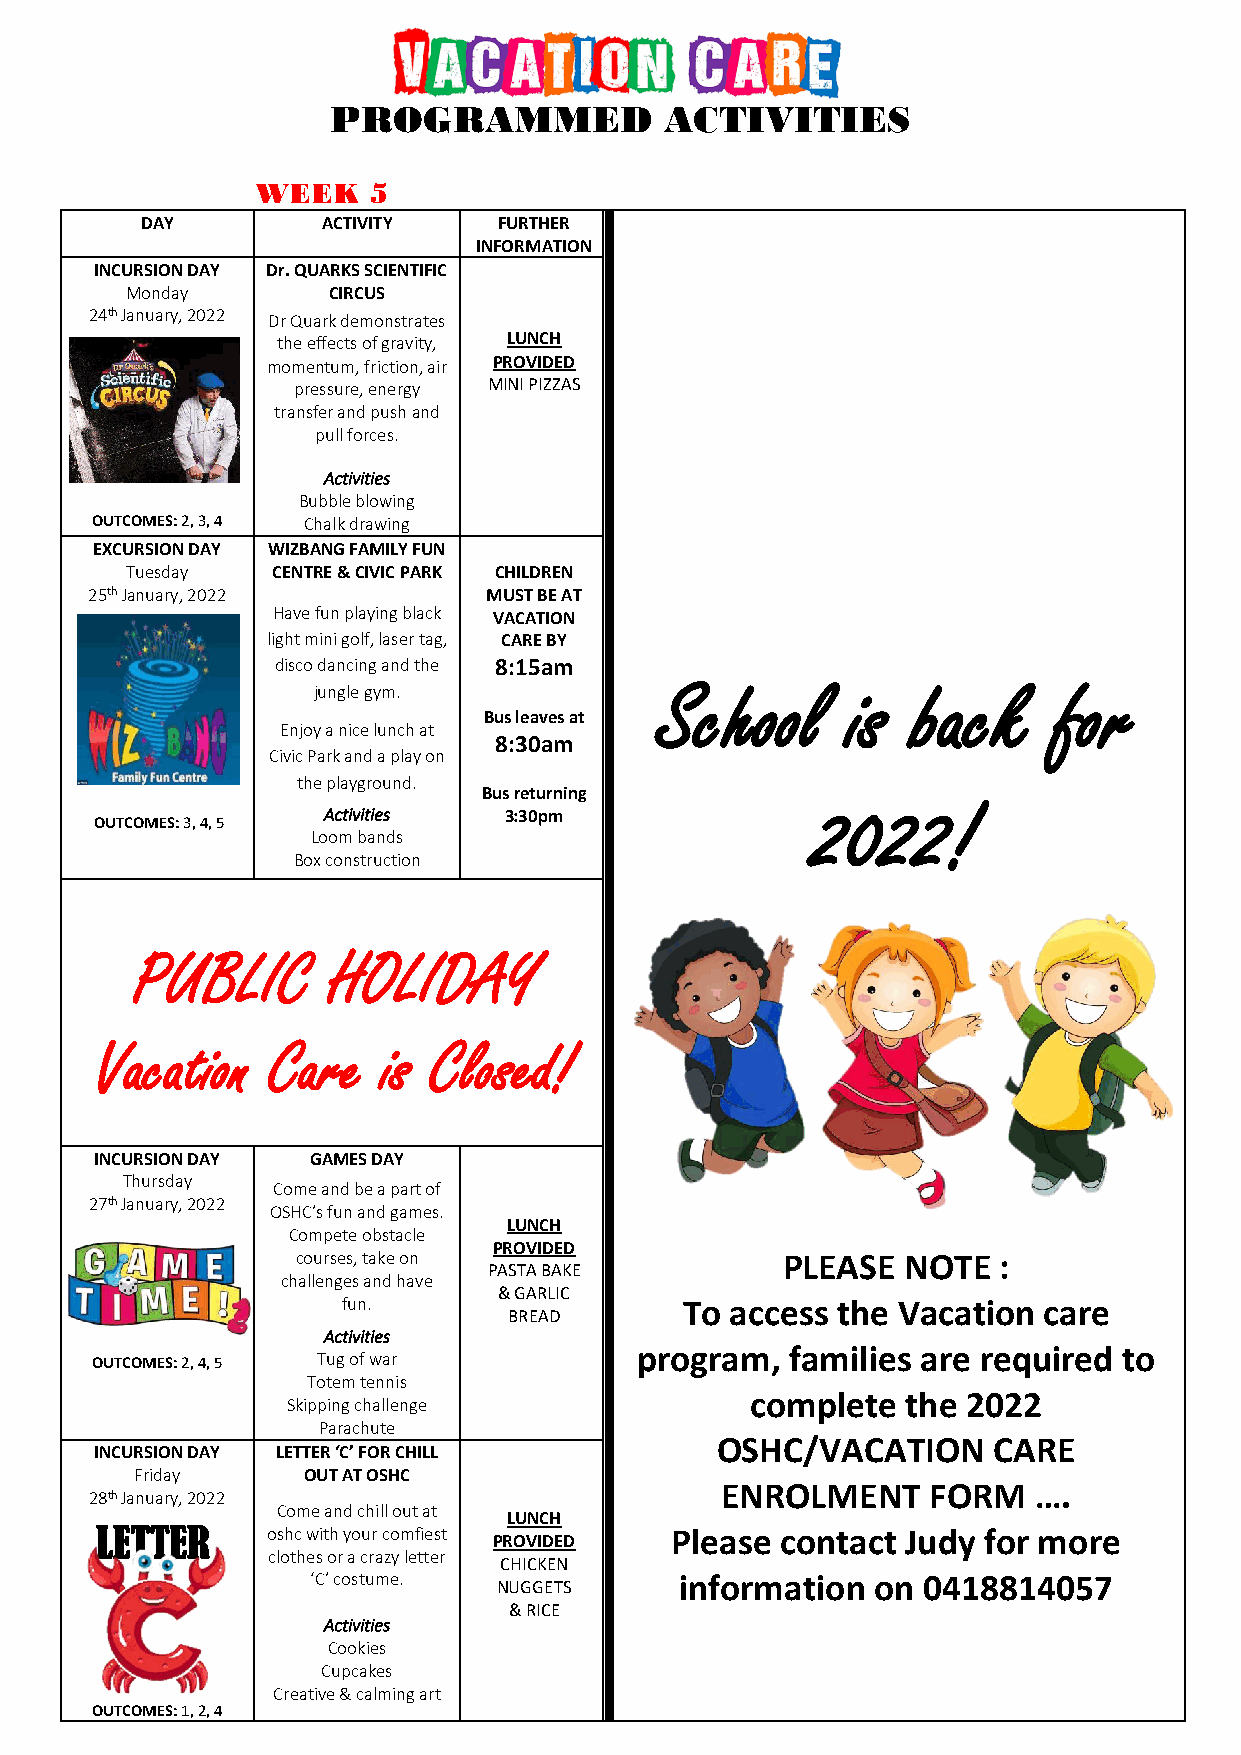
PROGRAMMED            ACTIVITIES
 WEEK   5
 DAY         ACTIVITY    FURTHER
 INFORMATION
 INCURSION DAY Dr. QUARKS SCIENTIFIC
 Monday        CIRCUS
 24th January, 2022 Dr Quark de monstrates
 the effects of gravity, LUNCH
 momentum, friction, air PROVIDED
 pressure, energy MINI PIZZAS
 transfer and push and
 pull forces.
 Activities
 Bubble blowing
 OUTCOMES: 2, 3, 4 Chalk drawing
 EXCURSION DAY WIZBANG FAMILY FUN
 Tuesday   CENTRE & CIVIC PARK CHILDREN
 25th January, 2022        MUST BE AT
 Have fun playing black VACATION
 light mini golf, laser tag, CARE BY
 disco dancing and the 8:15am
 jungle gym.            School      is  back      for
 Bus leaves at
 Enjoy a nice lunch at
 8:30am
 Civic Park and a play on
 the playground.
 Bus returning
 OUTCOM E S: 3, 4, 5
 Activ ities 3:30pm
 2022!
 Loom bands
 Box construction
 PUBLIC       HOLIDAY
 Vacation    Care   is Closed!
 INCURSION DAY GAMES DAY
 Thursday
 Come and b e a part of
 27th January, 2022
 OSHC’s fun and games.
 LUNCH
 Compete obstacle
 PROVIDED
 courses, take on                PLEASE  NOTE  :
 PASTA BAKE
 challenges and have
 & GARLIC
 fun.                  To access the Vacation  care
 BREAD
 Activities
 program,  families are required to
 OUTCOMES: 2, 4, 5 Tug of war
 Totem tennis
 complete  the 2022
 Skipping challenge
 Parachute
 OSHC/VACATION      CARE
 INCURSION DAY LETTER ‘C’ FOR CHILL
 Friday     OUT AT OSHC
 ENROLMENT     FORM  ….
 28th January, 2022
 Come and chill out at
 LUNCH
 LETTER      oshc with your comfiest   Please  contact Judy for more
 PROVIDED
 clothes or a crazy letter
 CHICKEN
 ‘C’ costume.            information  on 0418814057
 NUGGETS
 & RICE
 Activities
 Cookies
 Cupcakes
 Creative & calming art
 OUTCOMES: 1, 2, 4